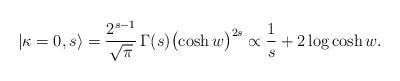
LaTeX: \begin{align*}|\kappa=0,s\rangle=\frac{2^{s-1}}{\sqrt{\pi}}\,\Gamma(s)\bigl(\cosh w\bigr)^{2s}\propto \frac{1}{s}+2\log\cosh w.\end{align*}